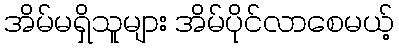
အိမ်မရှိသူများ အိမ်ပိုင်လာစေမယ့်